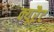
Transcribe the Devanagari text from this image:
क्यूरैट